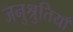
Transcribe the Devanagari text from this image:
जनुश्रुतियाँ